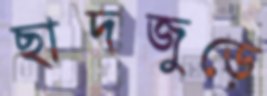
ছাদজুড়ে